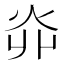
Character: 𤆽